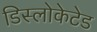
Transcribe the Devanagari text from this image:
डिस्लोकेटेड